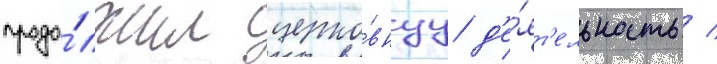
продо́лжил церко́внуу д'е́ят'ельность /